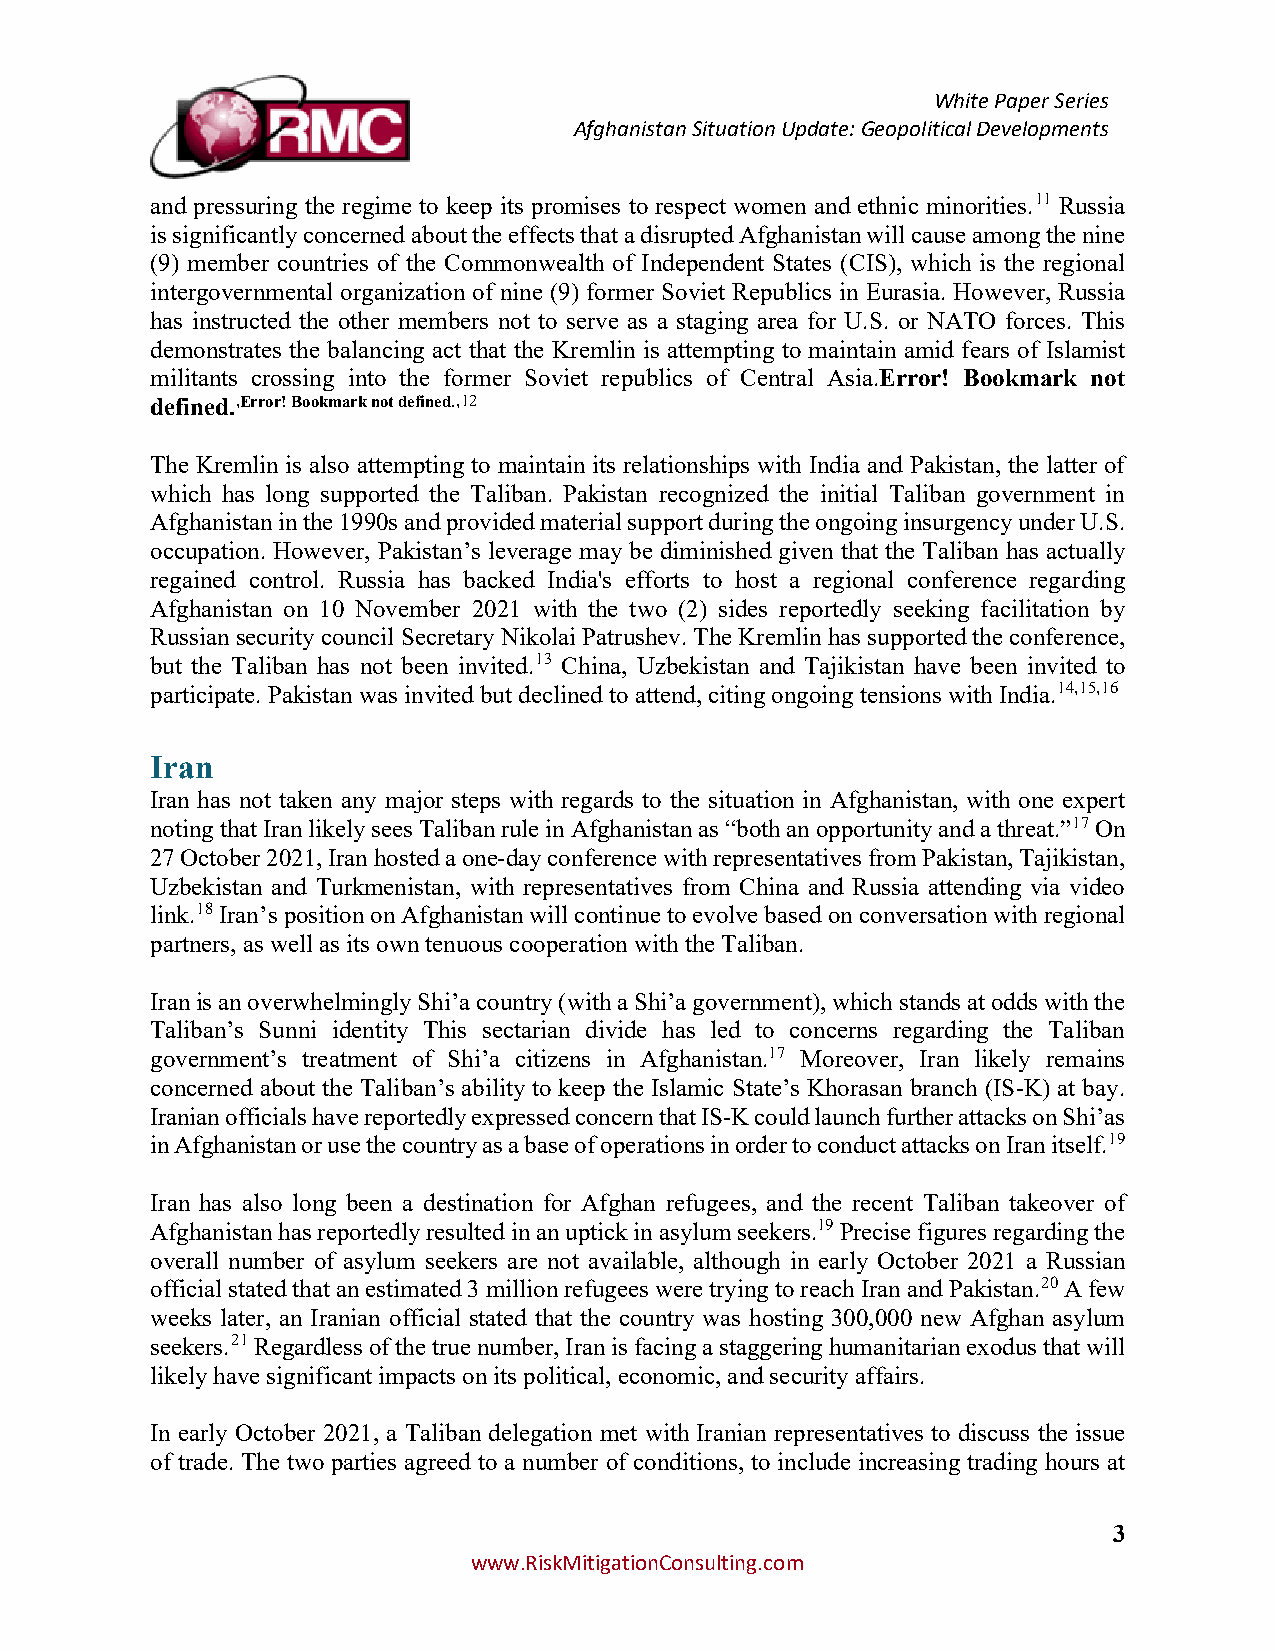
White Paper Series
 Afghanistan Situation Update: Geopolitical Developments
 and pressuring the regime to keep its promises to respect women and ethnic minorities.11 Russia
 is significantly concerned about the effects that a disrupted Afghanistan will cause among the nine
 (9) member countries of the Commonwealth of Independent States (CIS), which is the regional
 intergovernmental organization of nine (9) former Soviet Republics in Eurasia. However, Russia
 has instructed the other members not to serve as a staging area for U.S. or NATO forces. This
 demonstrates the balancing act that the Kremlin is attempting to maintain amid fears of Islamist
 militants crossing into the former Soviet republics of Central Asia.Error! Bookmark not
 defined.,Error! Bookmark not defined.,12
 The Kremlin is also attempting to maintain its relationships with India and Pakistan, the latter of
 which has long supported the Taliban. Pakistan recognized the initial Taliban government in
 Afghanistan in the 1990s and provided material support during the ongoing insurgency under U.S.
 occupation. However, Pakistan’s leverage may be diminished given that the Taliban has actually
 regained control. Russia has backed India's efforts to host a regional conference regarding
 Afghanistan on 10 November 2021 with the two (2) sides reportedly seeking facilitation by
 Russian security council Secretary Nikolai Patrushev. The Kremlin has supported the conference,
 but the Taliban has not been invited.13 China, Uzbekistan and Tajikistan have been invited to
 participate. Pakistan was invited but declined to attend, citing ongoing tensions with India.14,15,16
 Iran
 Iran has not taken any major steps with regards to the situation in Afghanistan, with one expert
 noting that Iran likely sees Taliban rule in Afghanistan as “both an opportunity and a threat.”17 On
 27 October 2021, Iran hosted a one-day conference with representatives from Pakistan, Tajikistan,
 Uzbekistan and Turkmenistan, with representatives from China and Russia attending via video
 link.18 Iran’s position on Afghanistan will continue to evolve based on conversation with regional
 partners, as well as its own tenuous cooperation with the Taliban.
 Iran is an overwhelmingly Shi’a country (with a Shi’a government), which stands at odds with the
 Taliban’s Sunni identity This sectarian divide has led to concerns regarding the Taliban
 government’s treatment of Shi’a citizens in Afghanistan.17 Moreover, Iran likely remains
 concerned about the Taliban’s ability to keep the Islamic State’s Khorasan branch (IS-K) at bay.
 Iranian officials have reportedly expressed concern that IS-K could launch further attacks on Shi’as
 in Afghanistan or use the country as a base of operations in order to conduct attacks on Iran itself.19
 Iran has also long been a destination for Afghan refugees, and the recent Taliban takeover of
 Afghanistan has reportedly resulted in an uptick in asylum seekers.19 Precise figures regarding the
 overall number of asylum seekers are not available, although in early October 2021 a Russian
 official stated that an estimated 3 million refugees were trying to reach Iran and Pakistan.20 A few
 weeks later, an Iranian official stated that the country was hosting 300,000 new Afghan asylum
 seekers.21 Regardless of the true number, Iran is facing a staggering humanitarian exodus that will
 likely have significant impacts on its political, economic, and security affairs.
 In early October 2021, a Taliban delegation met with Iranian representatives to discuss the issue
 of trade. The two parties agreed to a number of conditions, to include increasing trading hours at
 3
 www.RiskMitigationConsulting.com